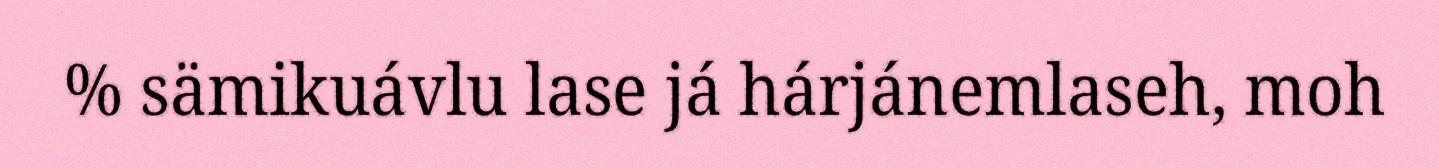
% sämikuávlu lase já hárjánemlaseh, moh